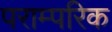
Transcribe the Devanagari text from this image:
पराम्परिक